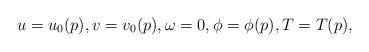
LaTeX: \begin{align*} u=u_0(p),v=v_0(p),\omega=0,\phi=\phi(p),T=T(p),\end{align*}